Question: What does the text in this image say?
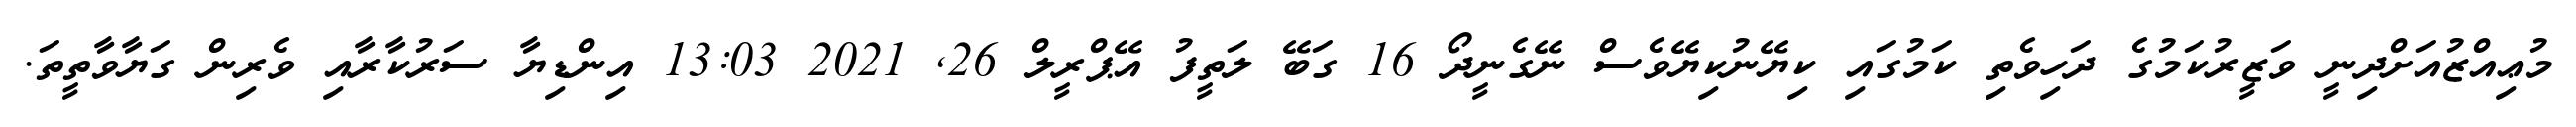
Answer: މުޢިއްޒުއަށްދިނީ ވަޒީރުކަމުގެ ދަހިވެތި ކަމުގައި ކިޔޭނުކިޔޭވެސް ނޭގެނީދޯ 16 ގަބޭ ލަތީފު އޭޕްރީލް 26, 2021 13:03 އިންޑިޔާ ސަރުކާރާއި ވެރިން ގަޔާވާތީތަ.